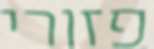
פזורי